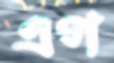
এণ